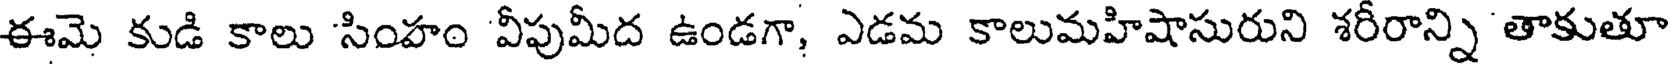
ఈమె కుడి కాలు సింహం వీపుమీద ఉండగా, ఎడమ కాలుమహిషాసురుని శరీరాన్ని తాకుతూ